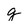
Character: g